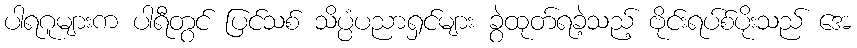
ပါရဂူများက ပါရီတွင် ပြင်သစ် သိပ္ပံပညာရှင်များ ခွဲထုတ်ရခဲ့သည့် ဗိုင်းရပ်စ်ပိုးသည် အေ